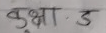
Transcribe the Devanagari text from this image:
कृक्षा. ड